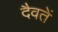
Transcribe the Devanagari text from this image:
दैवतें